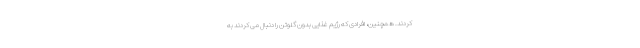
کردند. همچنین، افرادی که رژیم غذایی بدون گلوتن را دنبال می کردند به